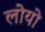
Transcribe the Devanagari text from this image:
लोयो